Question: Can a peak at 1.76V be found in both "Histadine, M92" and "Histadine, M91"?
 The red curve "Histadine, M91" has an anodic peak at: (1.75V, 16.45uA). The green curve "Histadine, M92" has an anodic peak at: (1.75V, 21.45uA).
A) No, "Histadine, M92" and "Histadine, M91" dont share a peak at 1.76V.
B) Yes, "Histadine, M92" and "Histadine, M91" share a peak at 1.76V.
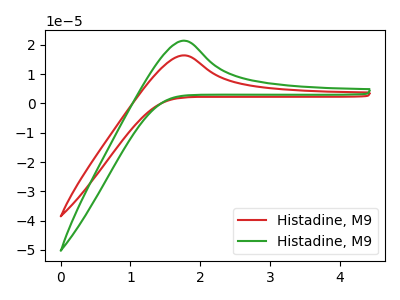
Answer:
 <answer>B) Yes, "Histadine, M92" and "Histadine, M91" share a peak at 1.76V.</answer>
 <eval>B</eval>